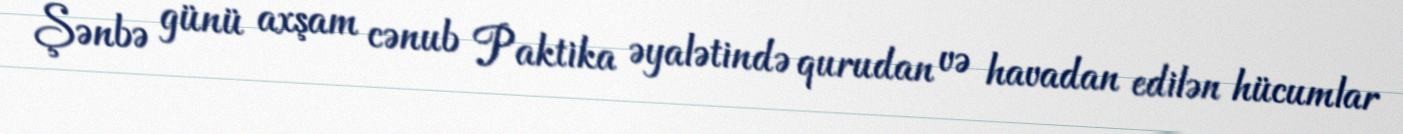
Şənbə günü axşam cənub Paktika əyalətində qurudan və havadan edilən hücumlar